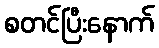
စတင်ပြီးနောက်